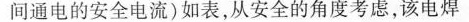
间通电的安全电流)如表，从安全的角度考虑，该电焊